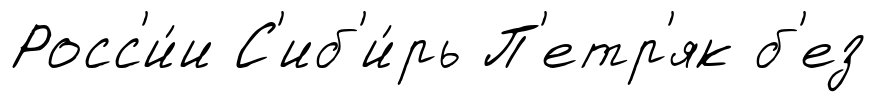
Росс'и́и С'иб'и́рь П'етр'як б'ез